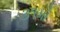
૩૧મો